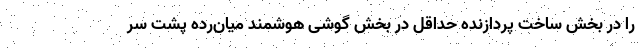
را در بخش ساخت پردازنده حداقل در بخش گوشی هوشمند میان‌رده پشت سر